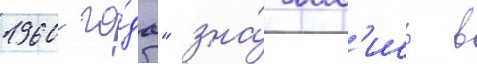
1960 го́да" зна́чил'ись в